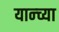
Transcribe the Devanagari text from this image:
यान्च्या